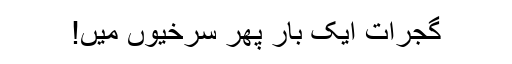
گجرات ایک بار پھر سرخیوں میں!